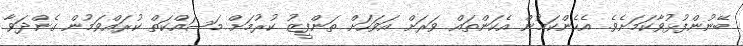
ބޭނުންފުޅުވާކަމަށެވެ. އެހެންކަމުން އެކަންތައް ވަރަށް އަވަހަށް ތަންފީޒު ކުރުމަށް މަސައްކަތް ކުރައްވަމުން ގެންދަވާ